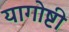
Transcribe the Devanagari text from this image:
यागोष्टी